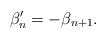
LaTeX: \begin{align*} \beta'_n = -\beta_{n+1}.\end{align*}